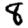
Digit: 8